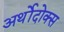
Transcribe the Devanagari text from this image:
अर्थोदोक्स